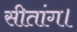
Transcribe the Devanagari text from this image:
सीतांग।